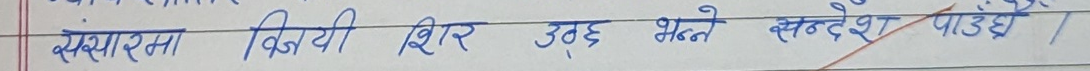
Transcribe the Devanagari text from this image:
संसारमा विजयी शिर उठ्छ भन्ने सन्देश पाउँदैछ।